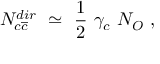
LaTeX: N _ { c \overline { { { c } } } } ^ { d i r } ~ \simeq ~ \frac { 1 } { 2 } ~ \gamma _ { c } ~ N _ { O } ~ ,